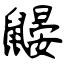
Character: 鼹